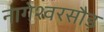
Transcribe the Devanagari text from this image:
नागेश्वरसौड़